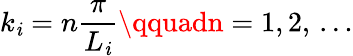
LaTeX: k_{\mathit{i}}=n\frac{{\pi}}{{L_{\mathit{i}}}}\qquadn=1,2,\, \dots